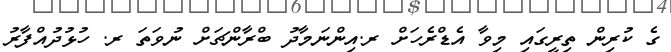
ގެ ކުރިން ތިރީގައި މިވާ އެޑްރެހަށް ރ.އިންނަމާދު ބްރާންޗަށް ނުވަތަ ރ. ހުޅުދުއްފާރު